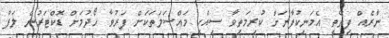
ނާރެއް ފިތޭތީ އެމަނިކުފާނަށް ކުރިމަތިވާ ސިއްހީ މައްސަލަތަކަށް ފަރުވާ ހޯދުމަށް ޑޮކްޓަރުން ލަފާ